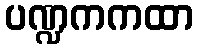
ပဏ္ဍကကထာ